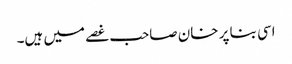
اسی بنا پر خان صاحب غصے میں ہیں۔